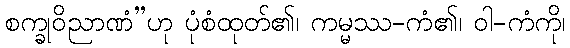
စက္ခုဝိညာဏံ”ဟု ပုံစံထုတ်၏၊ ကမ္မဿ-ကံ၏၊ ဝါ-ကံကို၊